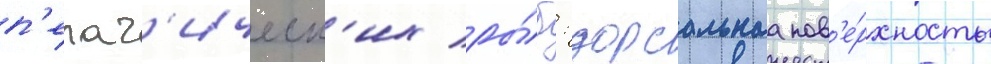
п'елаг'ическ'их ры́б: дорсальнаа пов'е́рхность